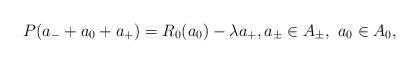
LaTeX: \begin{align*}P(a_-+a_0+a_+) = R_0(a_0) - \lambda a_+,a_{\pm}\in A_{\pm},\ a_0\in A_0,\end{align*}